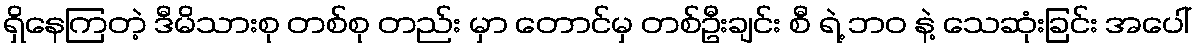
ရှိနေကြတဲ့ ဒီမိသားစု တစ်စု တည်း မှာ တောင်မှ တစ်ဦးချင်း စီ ရဲ့ ဘဝ နဲ့ သေဆုံးခြင်း အပေါ်